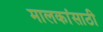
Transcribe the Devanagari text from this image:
मालकांसाठी